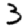
Digit: 3